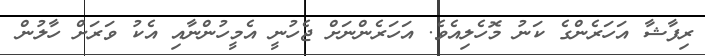
ރިފާޝާ އަހަރެންގެ ކަނު މޮހެލިއެވެ. އަހަރެންނަށް ޖެހުނީ އެމީހުންނާއި އެކު ވަރަށް ހާލުން